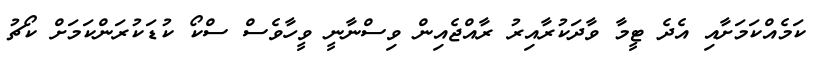
ކަމެއްކަމަށާއި އެދެ ޓީމާ ވާދަކުރާއިރު ރާއްޖެއިން ވިސްނާނީ ވީހާވެސް ސްކޯ ކުޑަކުރަންކަމަށް ކޯޗު